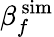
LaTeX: \beta_{f}^{\, \mathrm{sim}}